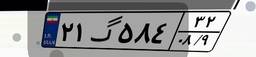
۲۱گ۵۸۴۳۲